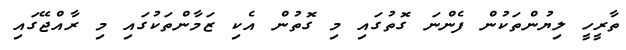
ތާރީހީ ލިޔުންތަކުން ފެންނަ ގޮތުގައި މި ގޮތުން އެކި ޒަމާންތަކުގައި މި ރާއްޖޭގައި